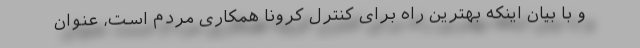
و با بیان اینکه بهترین راه برای کنترل کرونا همکاری مردم است، عنوان